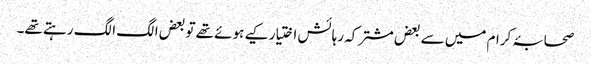
صحابۂ کرام میں سے بعض مشترکہ رہائش اختیار کیے ہوئے تھے تو بعض الگ الگ رہتے تھے۔